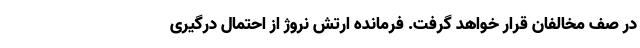
در صف مخالفان قرار خواهد گرفت. فرمانده ارتش نروژ از احتمال درگیری